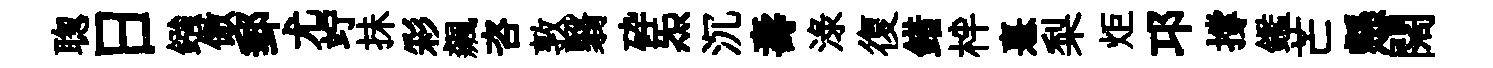
聦日鏹傲郵尤竚抺彩飆咨敦翳砕炁沉壽渌復錯柈憙梨炬邛撐鑑芒懸闊